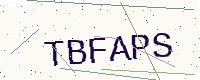
Text: TBFAPS